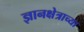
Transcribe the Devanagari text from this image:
ज्ञानक्षेत्राच्या